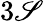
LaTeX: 3\mathscr{S}